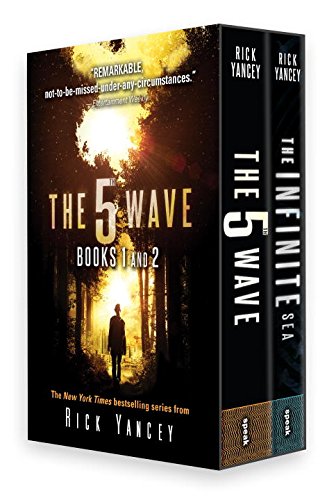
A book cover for The 5th Wave Box Set; Rick Yancey; Teen & Young Adult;